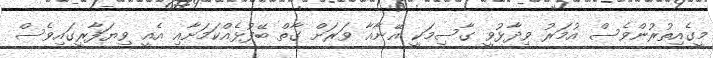
މީގެއިތުރުންވެސް އުމަރު ވިދާޅުވީ ގާސިމަކީ އޭނާއާ ވަރަށް ގާތް ބޭފުޅެއްކަމަށާއި އެއީ ވިޔަފާރީގައިވެސް